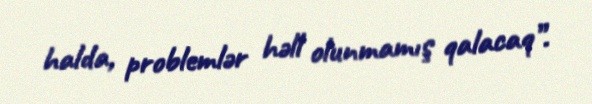
halda, problemlər həll olunmamış qalacaq”.